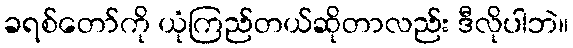
ခရစ်တော်ကို ယုံကြည်တယ်ဆိုတာလည်း ဒီလိုပါဘဲ။